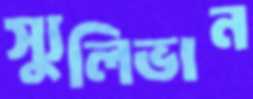
স্যুলিভান